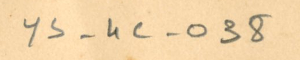
ys-4c-038